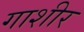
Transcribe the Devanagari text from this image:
गाशीर